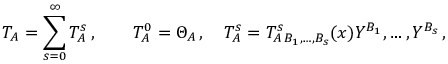
T _ { A } = \sum _ { s = 0 } ^ { \infty } T _ { A } ^ { s } \, , \qquad T _ { A } ^ { 0 } = \Theta _ { A } \, , \quad T _ { A } ^ { s } = T _ { A \, B _ { 1 } , \ldots , B _ { s } } ^ { s } ( x ) Y ^ { B _ { 1 } } , \ldots , Y ^ { B _ { s } } \, ,